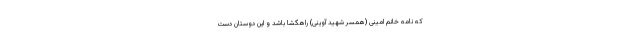
که نامه خانم امینی (همسر شهید آوینی) راهگشا باشد و این دوستان دست